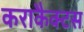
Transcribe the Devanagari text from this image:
कराकैक्टस